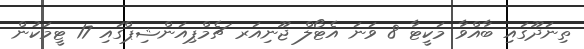
ތިނަދޫގައި ބާއްވާ މަކީޓާ 8 ވަނަ އެޓޯލް ޖޫނިއަރ ޗެމްޕިއަންޝިޕްގައި 17 ޓީމަކުން